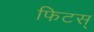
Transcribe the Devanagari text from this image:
फिटस्‌